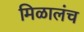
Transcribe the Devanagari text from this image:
मिळालंच